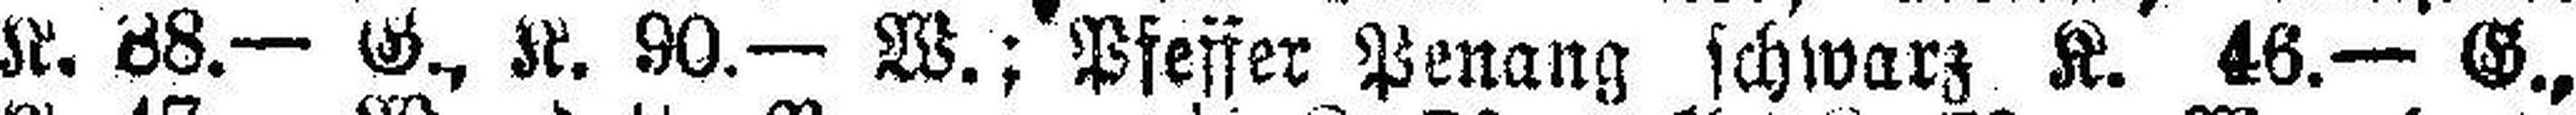
K. 88.— G., K. 90.— W.; Pfeffer Penang schwarz K. 46.— G.,